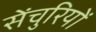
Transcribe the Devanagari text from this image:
सेंचुरियों